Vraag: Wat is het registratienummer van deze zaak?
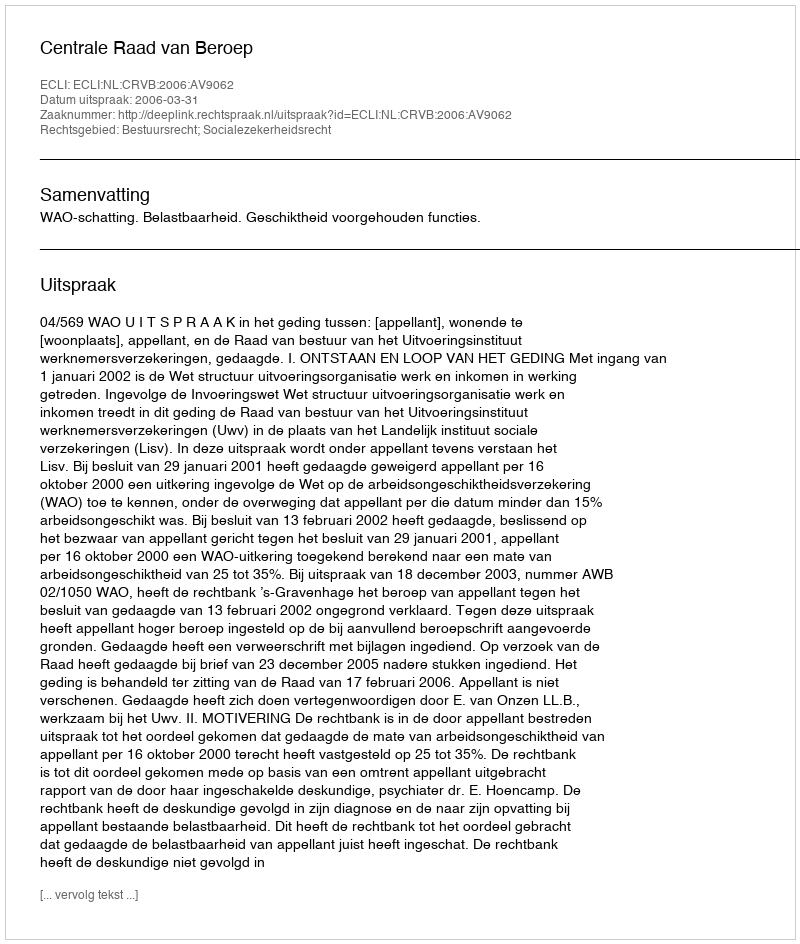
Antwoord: http://deeplink.rechtspraak.nl/uitspraak?id=ECLI:NL:CRVB:2006:AV9062